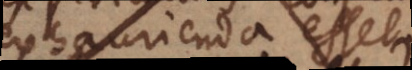
exhaurienda esset.